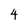
Character: 4